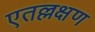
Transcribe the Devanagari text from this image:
एतल्लक्षण